Report on vaccination in Madras 1904-1921 - 1904-1921
Year: 1904
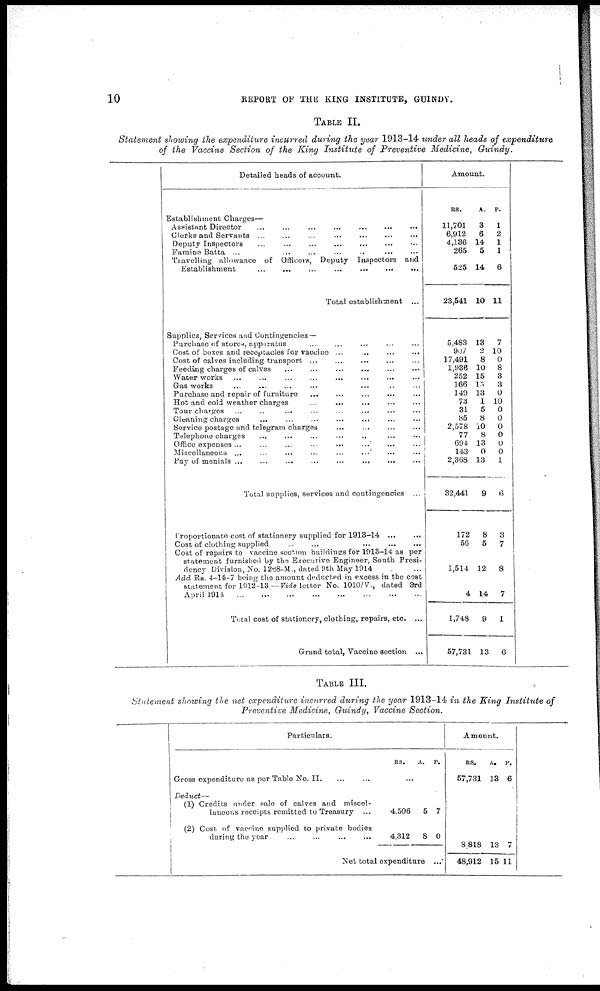
10
REPORT OF THE KING INSTITUTE, GUINDY.
TABLE II.
Statement showing the expenditure incurred during the year 1913-14 under all heads of expenditure
of the Vaccine Section of the King Institute
of Preventive Medicine,
Guindy.
Detailed heads of account.
Establishment Charges—
Assistant Director
...
...
...
...
...
...
...
Clerks and Servants
...
...
...
...
...
...
...
Deputy Inspectors ... ... ... ... ... ... ...
Famine Batta
...
...
...
...
...
...
...
Travelling allowance of Officers, Deputy Inspectors and
Establishment
...
...
...
...
...
...
...
Total establishment ...
Supplies, Services and Contingencies —
Purchase of stores, apparatus ... ... ... ... ...
Cost of boxes and receptacles for vaccine ... ... ... ...
Cost of calves including transport ... ... ... ... ...
Feeding charges of calves
...
...
...
...
...
...
Water works ...
...
...
...
...
...
... ...
Gas works ... ... ... ... ... ... ... ...
Purchase and repair of furniture
... ... ... ... ...
Hot and cold weather charges
...
... ... ... ...
Tour charges ... ... ... ... ... ... ... ...
Cleaning charges
... ... ... ... ... ... ...
Service postage and telegram charges ... ... ... ...
Telephone charges ... ... ... ... ... ... ...
Office expenses ... ... ... ... ... ... ... ... ...
Miscellaneous ... ... ... ... ... ... ... ... ...
Pay of menials
...
...
...
...
...
...
...
...
...
Total supplies, services and contingencies ...
Proportionate cost of stationery supplied for 1913-14 ...
Cost of clothing supplied ... ... ... ... ...
Cost of repairs to vaccine section buildings for 1913-14 as per
statement furnished by the Executive Engineer, South Presi-
dency Division, No. 1288-M., dated 9th May 1914
Add Rs. 4-14-7 being the amount deducted in excess in the cost
statement for 1912-13 —Vide letter No. 1010/V., dated 3rd
April 1914
...
...
...
...
...
...
...
...
Total cost of stationery, clothing, repairs, etc. ...
Grand total, Vaccine section ...
Amount.
RS.
11,701
6,912
4,136
265
525
23,541
5,483
907
17,491
1,936
252
166
149
73
31
85
2,578
77
694
143
2,368
32,441
172
56
1,514
4
1,748
57,731
A.
3
6
14
5
14
10
13
2
8
10
15
15
13
1
5
8
10
8
13
0
13
9
8
5
12
14
9
13
P.
1
2
1
1
6
11
7
10
0
8
3
3
0
10
0
0
0
0
0
0
1
6
3
7
8
7
1
6
TABLE III.
Statement showing the net expenditure incurred during the year 1913-14 in the King Institute of
Preventive Medicine, Guindy, Vaccine Section.
Particulars.
Gross expenditure as per Table No. II.
Deduct—
(1) Credits under sale of calves and miscel-
laneous receipts remitted to Treasury ...
(2) Cost of vaccine supplied to private bodies
daring the year
...
...
...
...
RS.
A.
P.
...
4,506
4,312
5
8
7
0
Net total expenditure ...
Amount.
RS.
57,731
A.
18
P.
6
...
8,818
48,912
13
15
7
11